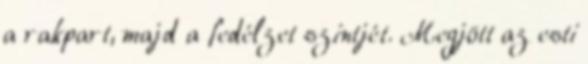
a rakpart, majd a fedélzet szintjét. Megjött az esti